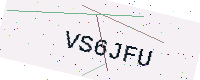
Text: VS6JFU